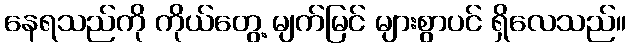
နေရသည်ကို ကိုယ်တွေ့ မျက်မြင် များစွာပင် ရှိလေသည်။